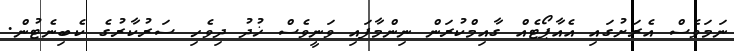
ނަމަވެސް އެރަށުގައި އެއާޕޯޓެއް ގާއިމްކުރަން ނިންމާފައި ވަނީވެސް ޚުދު ދިވެހި ސަރުކާރުގެ ކެބިނެޓުން.